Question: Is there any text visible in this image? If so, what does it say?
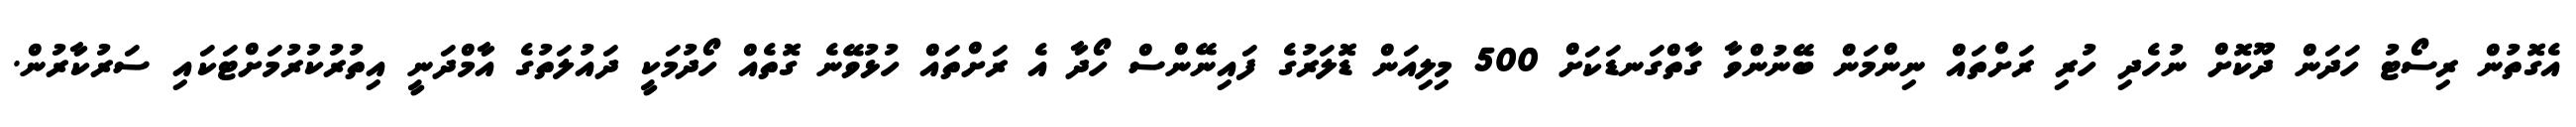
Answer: އެގޮތުން ރިސޯޓު ހަދަން ދޫކޮށް ނުހެދި ހުރި ރަށްތައް ނިންމަން ބޭނުންވާ ގާތްގަނޑަކަށް 500 މިލިއަން ޑޮލަރުގެ ފައިނޭންސް ހޯދާ އެ ރަށްތައް ހުޅުވޭނެ ގޮތެއް ހޯދުމަކީ ދައުލަތުގެ އާމްދަނީ އިތުރުކުރުމަށްޓަކައި ސަރުކާރުން.